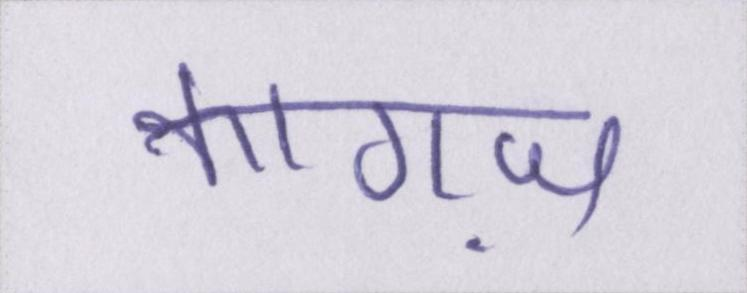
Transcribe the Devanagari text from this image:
कागज़